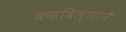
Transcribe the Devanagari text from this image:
कढविल्याने